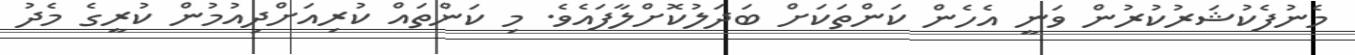
މެނުފެކުޝަރުކުރުން ވަނީ އެހެން ކަންތަކަށް ބަދަލުކޮށްލާފައެވެ. މި ކަންތައް ކުރިއަށްދިއުމުން ކުރީގެ މެދު